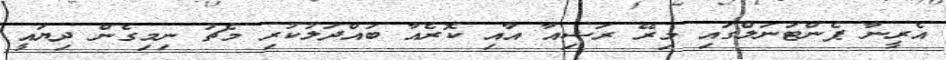
އެރީނާ ޕެންޓަނަލްގައި މިރޭ ރަޝިއާ އާއި ކޮރެއާ ބައްދަލުކުރި މެޗު ނިމިގެން ދިޔައީ